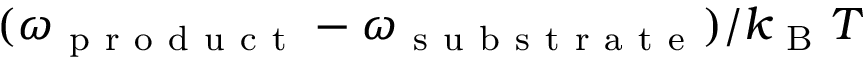
( \omega _ { \mathrm { ~ p ~ r ~ o ~ d ~ u ~ c ~ t ~ } } - \omega _ { \mathrm { ~ s ~ u ~ b ~ s ~ t ~ r ~ a ~ t ~ e ~ } } ) / k _ { \mathrm { ~ B ~ } } T